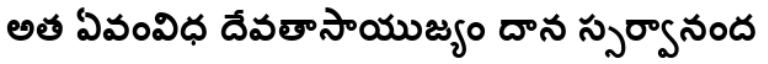
అత ఏవంవిధ దేవతాసాయుజ్యం దాన స్సర్వానంద